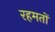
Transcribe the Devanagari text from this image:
रहमतों